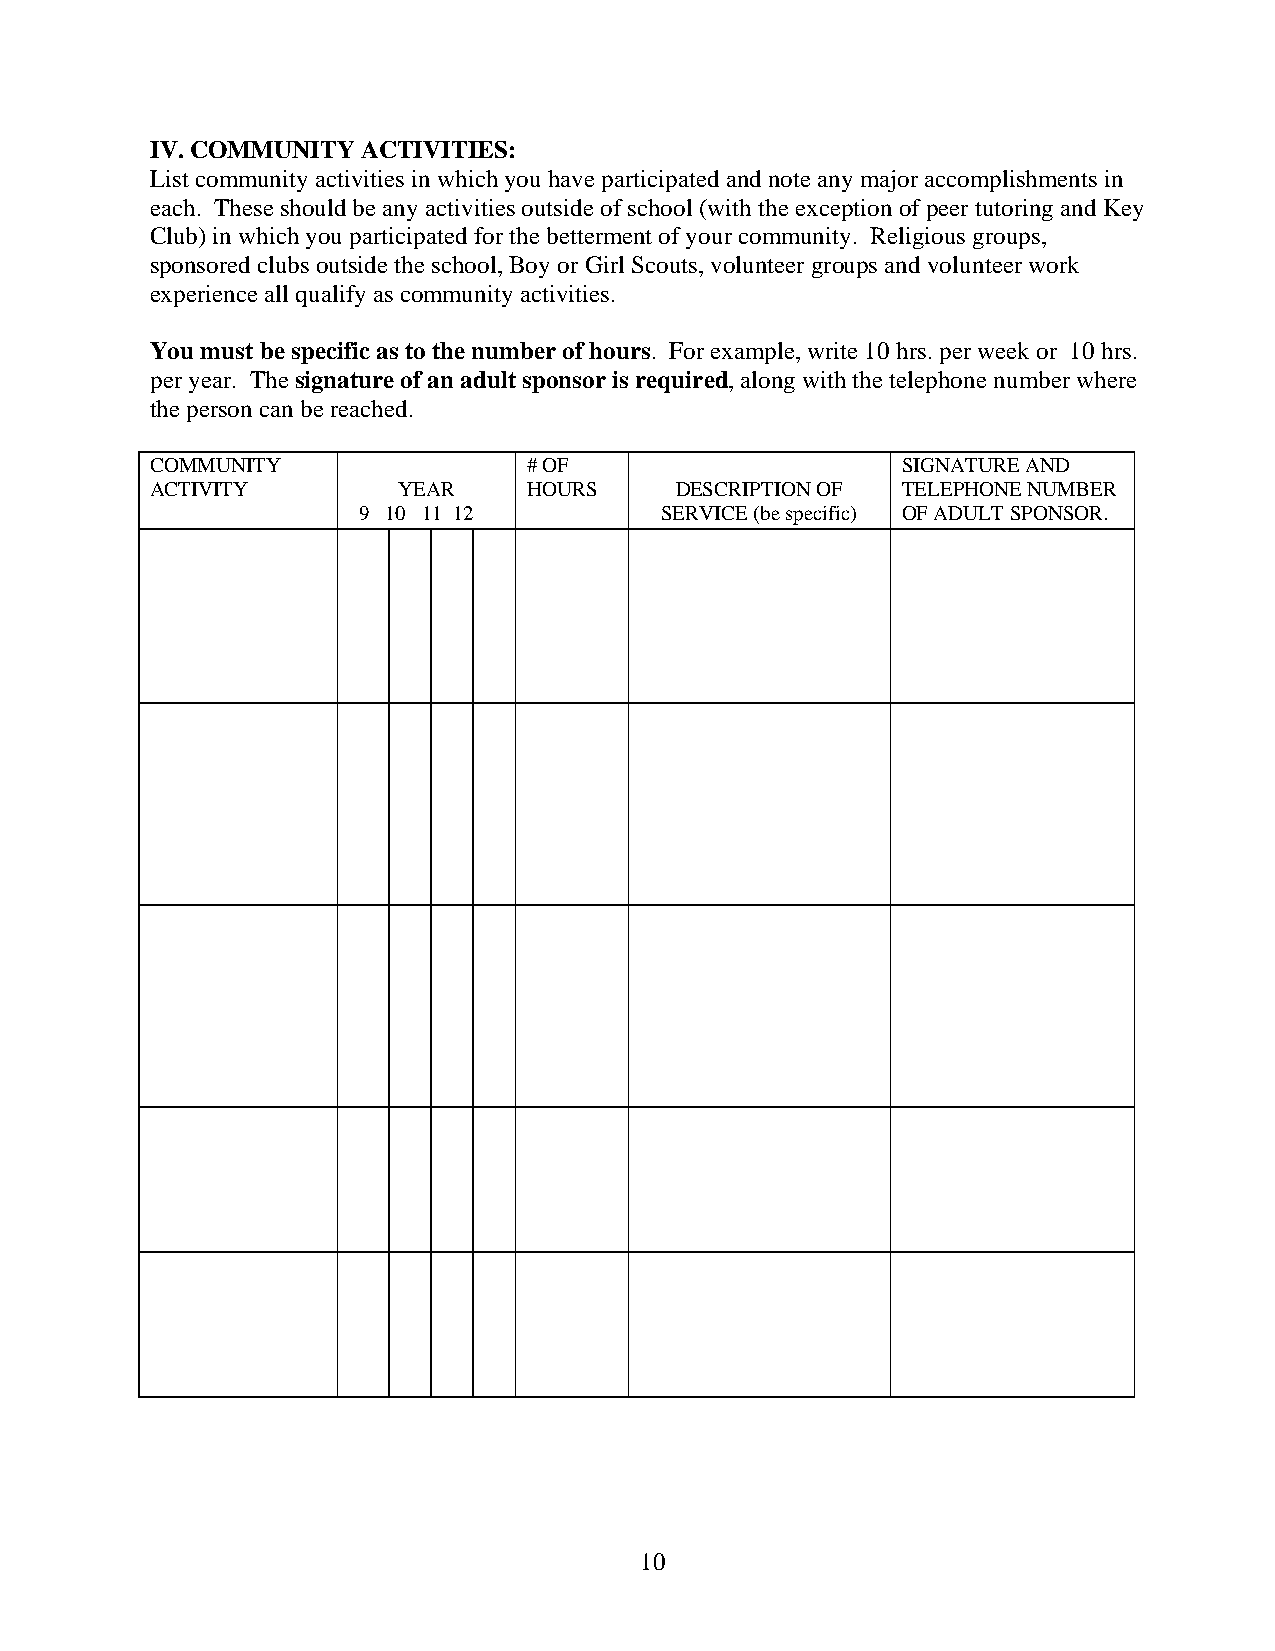
IV. COMMUNITY ACTIVITIES:
 List community activities in which you have participated and note any major accomplishments in
 each. These should be any activities outside of school (with the exception of peer tutoring and Key
 Club) in which you participated for the betterment of your community. Religious groups,
 sponsored clubs outside the school, Boy or Girl Scouts, volunteer groups and volunteer work
 experience all qualify as community activities.
 You must be specific as to the number of hours. For example, write 10 hrs. per week or 10 hrs.
 per year. The signature of an adult sponsor is required, along with the telephone number where
 the person can be reached.
 COMMUNITY                # OF                     SIGNATURE AND
 ACTIVITY        YEAR     HOURS     DESCRIPTION OF TELEPHONE NUMBER
 9 10 11 12          SERVICE (be specific) OF ADULT SPONSOR.
 10